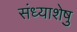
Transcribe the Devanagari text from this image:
संध्याशेषु